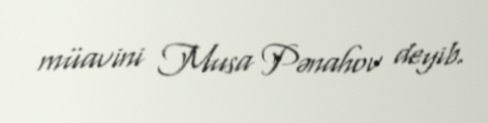
müavini Musa Pənahov deyib.